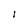
Character: l